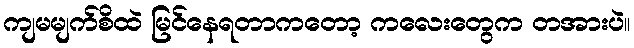
ကျမမျက်စိထဲ မြင်နေရတာကတော့ ကလေးတွေက တအားပဲ။